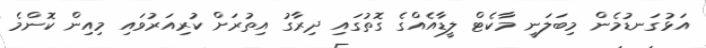
އަޅުގަނޑުމެން މިބަލަނީ މާކެޓް ލީޑާއެއްގެ ގޮތުގައި ދިރާގު އިތުރަށް ކުރިއަރުވައި މިއިން ކޮންމެ